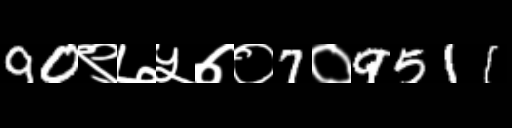
Text: 90९७५७०7०9511